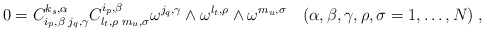
\begin{align*}0 = C_{i_p,\beta\;j_q,\gamma}^{k_s,\alpha} C_{l_t,\rho\;m_u,\sigma}^{i_p,\beta}\omega^{j_q,\gamma}\wedge\omega^{l_t,\rho}\wedge\omega^{m_u,\sigma} \quad(\alpha,\beta,\gamma,\rho,\sigma=1,\ldots,N)\;,\end{align*}